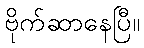
ဗိုက်ဆာနေပြီ။